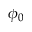
\phi _ { 0 }